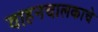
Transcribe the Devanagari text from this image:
वाहनचालकाचे